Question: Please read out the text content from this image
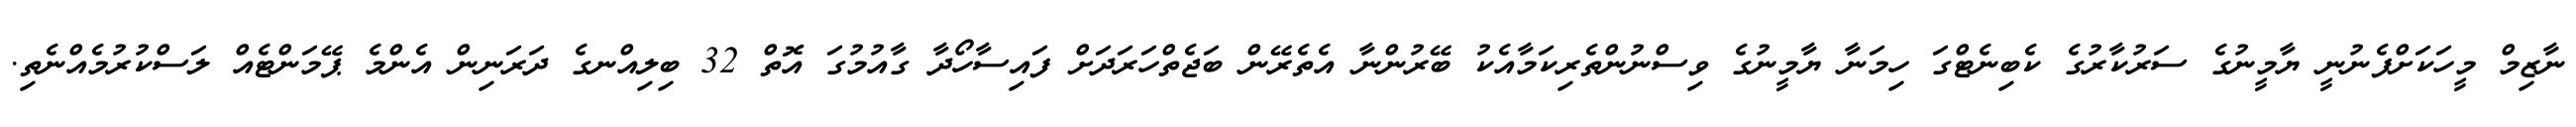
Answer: ނާޒިމް މީހަކަށްފެނުނީ ޔާމީނުގެ ސަރުކާރުގެ ކެބިނެޓްގަ ހިމަނާ ޔާމީނުގެ ވިސްނުންތެރިކަމާއެކު ބޭރުންނާ އެތެރޭން ބަޖެތްހަރަދަށް ފައިސާހޯދާ ގާއުމުގަ އޮތް 32 ބިލިއްނގެ ދަރަނިން އެންމެ ޕޭމަންޓެއް ލަސްކުރުމެއްނެތި.